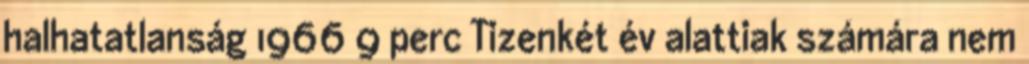
halhatatlanság 1966 9 perc Tizenkét év alattiak számára nem